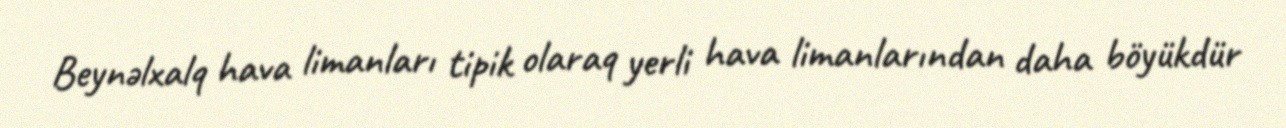
Beynəlxalq hava limanları tipik olaraq yerli hava limanlarından daha böyükdür